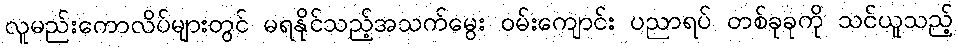
လူမည်းကောလိပ်များတွင် မရနိုင်သည့်အသက်မွေး ဝမ်းကျောင်း ပညာရပ် တစ်ခုခုကို သင်ယူသည့်